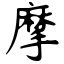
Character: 摩